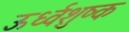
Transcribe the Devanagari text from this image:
ऊर्ध्वशुष्क